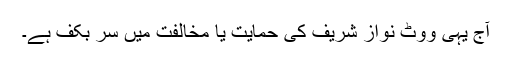
آج یہی ووٹ نواز شریف کی حمایت یا مخالفت میں سر بکف ہے۔